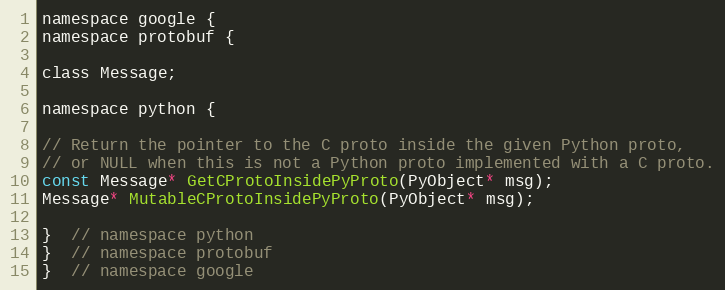
Language: C
namespace google {
namespace protobuf {

class Message;

namespace python {

// Return the pointer to the C proto inside the given Python proto,
// or NULL when this is not a Python proto implemented with a C proto.
const Message* GetCProtoInsidePyProto(PyObject* msg);
Message* MutableCProtoInsidePyProto(PyObject* msg);

}  // namespace python
}  // namespace protobuf
}  // namespace google